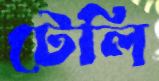
টেলি